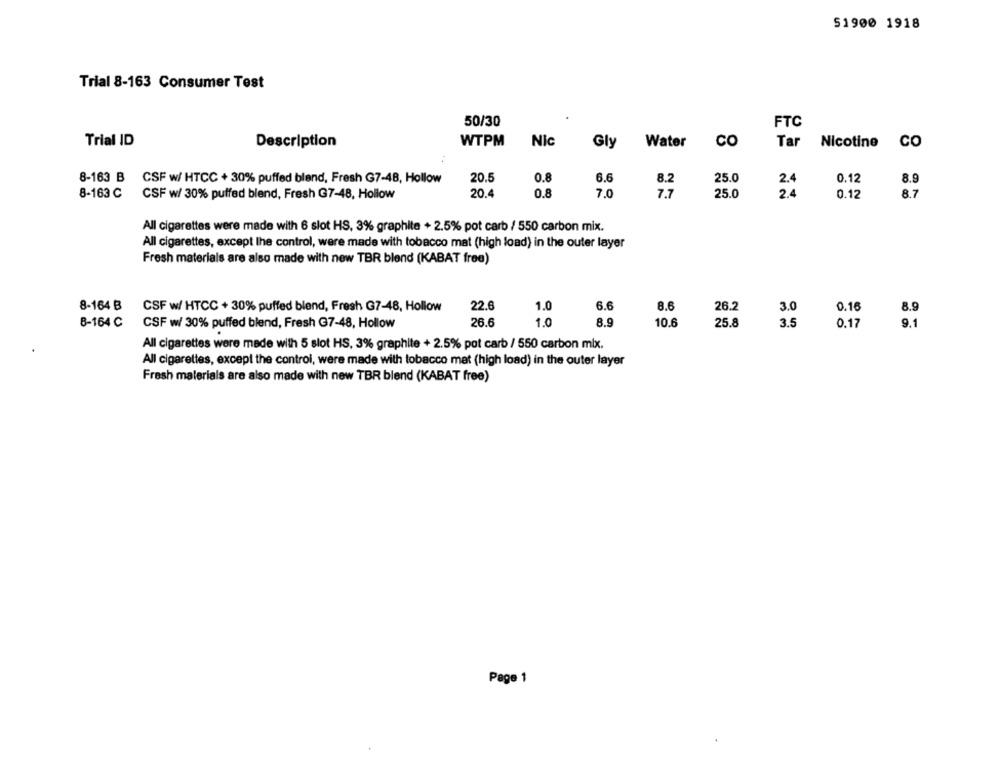
51900 1918
Trial 8-163 Consumer Test
50/30
FTC
Trial ID
Description
WTPM
Nic
Gly
Water
CO
Tar
Nicotine
CO
8-163 B
CSF w/ HTCC + 30% puffed blend, Fresh G7-48, Hollow
20.5
0.8
6.6
8.2
25.0
0.12
8.9
8-163 C
CSF w/ 30% puffed blend, Fresh G7-48, Hollow
20.4
0.8
7.0
7.7
25.0
0.12
8.7
All cigarettes were made with 6 slot HS, 3% graphite +2.5% pot carb / 550 carbon mix.
All cigarettes, except the control, were made with tobacco mat (high load) in the outer layer
Fresh materials are also made with new TBR blend (KABAT free)
22.6
1.0
6.6
8.6
26.2
8-164 B
CSF w/ HTCC + 30% puffed blend, Fresh G7-48, Hollow
3.0
0.16
8.9
3.5
8-164 C
CSF w/ 30% puffed blend, Fresh G7-48, Hollow
26.6
1.0
8.9
10.6
25.8
0.17
9.1
All cigarettes were made with 5 slot HS, 3% graphite + 2.5% pot carb / 550 carbon mix.
All cigarettes, except the controi, were made with tobacco mat (high load) in the outer layer
Fresh materials are also made with new TBR blend (KABAT free)
Page 1